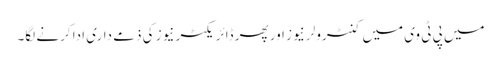
میں پی ٹی وی میں کنٹرولر نیوز اور پھر ڈائریکٹر نیوز کی ذمے داری ادا کرنے لگا۔